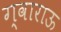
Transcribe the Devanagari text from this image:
ग्वाराऊ